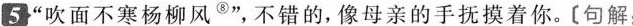
5“吹面不寒杨柳风^{⑧}”,不错的，像母亲的手抚摸着你。[句解